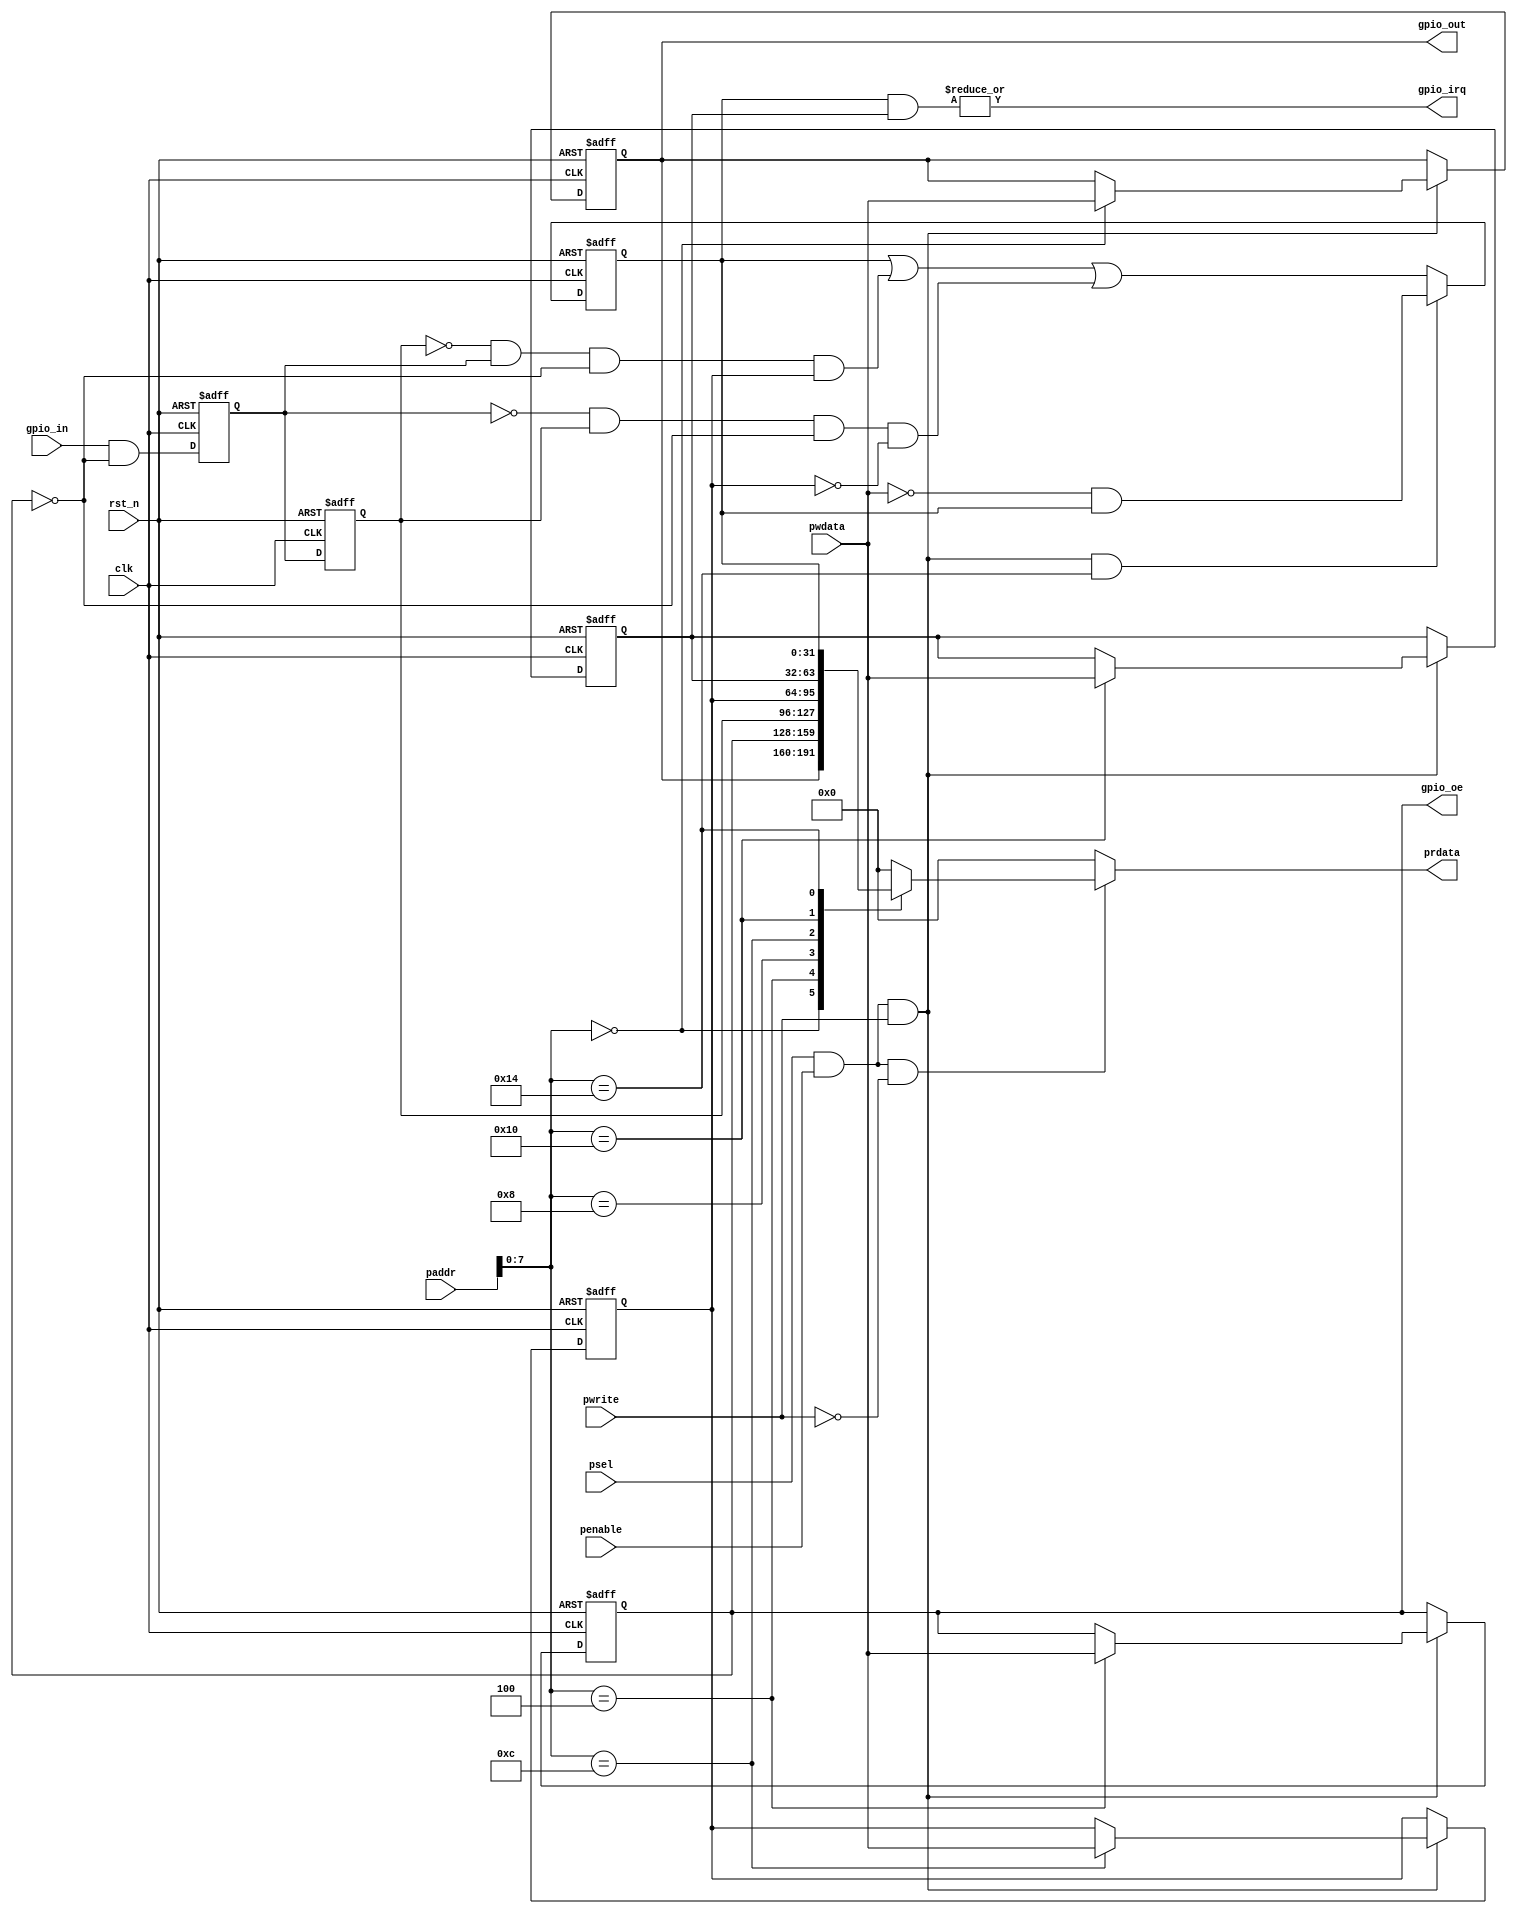

//************************************************************************//
//PODES:    Processor Optimization for Deeply Embedded System                                                                 
//Web:      http://www.mcucore.org                        
//Bug report: sunyata.peng@foxmail.com                                                                          
//Q_Q:   2143971503         
//************************************************************************//
//                                                                          
//  AMY_M0O - A demo MCU based on PODES_M0O Core                              
//                                      
//                                                                  
//************************************************************************//
// Version     : 1.0
// Description : 32bits GPIO port.
//               
// -----------------------------History-----------------------------------//
// Date      BY   Version  Change Description
//
// 20200101  PODES   1.0      Initial Release. 
//                                                                        
//************************************************************************//
// --- CVS information:
// ---    $Author: $
// ---    $Revision: $
// ---    $Id: $
// ---    $Log$ 
//
//************************************************************************//

module apbgpio(
              clk,
              rst_n,
              paddr,
              psel,
              penable,
              pwrite,
              prdata,
              pwdata,
              gpio_irq,
              
              //gpio I/F 
              gpio_in,
              gpio_out,
              gpio_oe
             );
             
//-----------------------------------------------------------//
//                          PARAMETERS                       //
//-----------------------------------------------------------//
//


//-----------------------------------------------------------//
//                      INPUTS/OUTPUTS                       //
//-----------------------------------------------------------//  
             
input         clk;
input         rst_n;
input  [31:0] paddr;
input         psel;
input         penable;
input         pwrite;
input  [31:0] pwdata;
output [31:0] prdata;

output       gpio_irq;

input  [31:0]  gpio_in;
output [31:0]  gpio_out;
output [31:0]  gpio_oe;



//-----------------------------------------------------------//
//                    REGISTERS & WIRES                      //
//-----------------------------------------------------------//

reg  [31:0]  prdata;

wire         gpio_irq;

wire [31:0]  gpio_out;
wire [31:0]  gpio_oe;



reg [31:0]    gpio_out_reg ;// register for GPIO output.
reg [31:0]    gpio_dir_reg ;//high: output; low: input.
reg [31:0]    gpio_irq_edg ;//High: interrupt for low to high; low: interrupt for high to low. 
reg [31:0]    gpio_irq_enb ;//High: enable interrupt; low: disable. 
reg [31:0]    gpio_irq_sts ;//high: a low to high or high to low transition occurs.    


reg [31:0]    gpio_in_dly1  ;
reg [31:0]    gpio_in_dly2  ;//register for GPIO input.


//-----------------------------------------------------------//
//                          ARCHITECTURE                     //
//-----------------------------------------------------------//  
wire apbrd = psel & penable & (~pwrite);
wire apbwr = psel & penable & pwrite;


//========================
//Write operation to registers
//========================
always @ (posedge clk or negedge rst_n)
begin
    if(!rst_n)
    begin
      gpio_out_reg <= 32'b0;
      gpio_dir_reg <= 32'b0;
      gpio_irq_edg <= 32'b0;
      gpio_irq_enb <= 32'b0;   
    end
    else if (apbwr) 
    begin
      case (paddr[7:0])
      8'h00: gpio_out_reg <= pwdata;
      8'h04: gpio_dir_reg <= pwdata;
      8'h0c: gpio_irq_edg <= pwdata;
      8'h10: gpio_irq_enb <= pwdata;
      default: ;
      endcase
    end
end        


//========================
//Read operation to registers
//========================
always @ *
begin
    if( apbrd )
        case (paddr[7:0])
          8'h00:    prdata = gpio_out_reg;
          8'h04:    prdata = gpio_dir_reg;
          8'h08:    prdata = gpio_in_dly2;
          8'h0c:    prdata = gpio_irq_edg;
          8'h10:    prdata = gpio_irq_enb;
          8'h14:    prdata = gpio_irq_sts;
          default : prdata = 32'b0;
        endcase
    else
        prdata = 32'b0;
end



//========================
//GPIO functions
//========================
always @ (posedge clk or negedge rst_n)
begin
    if(!rst_n)
    begin
      gpio_in_dly1     <= 32'b0;
      gpio_in_dly2     <= 32'b0;
    end
    else  
    begin
      gpio_in_dly1     <= gpio_in & (~gpio_dir_reg); //if output, do not loopback to input port.
      gpio_in_dly2     <= gpio_in_dly1;
    end
end

//low to high
wire [31:0] gpio_l2h = (~gpio_in_dly2) & gpio_in_dly1 & (~gpio_dir_reg);
//high to low
wire [31:0] gpio_h2l = (~gpio_in_dly1) & gpio_in_dly2 & (~gpio_dir_reg);
//irq status register
always @ (posedge clk or negedge rst_n)
begin
    if(!rst_n)
    begin
      gpio_irq_sts     <= 32'b0;
    end
    else if (apbwr && (paddr[7:0] == 8'h14))    
      gpio_irq_sts <= ~pwdata & gpio_irq_sts;  //write-1-clear
    else  
    begin
      gpio_irq_sts <= gpio_irq_sts | (gpio_l2h & gpio_irq_edg) | (gpio_h2l & (~gpio_irq_edg));
    end
end
//irq gen
assign gpio_irq = | (gpio_irq_sts & gpio_irq_enb);

//gpio output
assign gpio_oe  = gpio_dir_reg; //high enable
assign gpio_out = gpio_out_reg;


endmodule